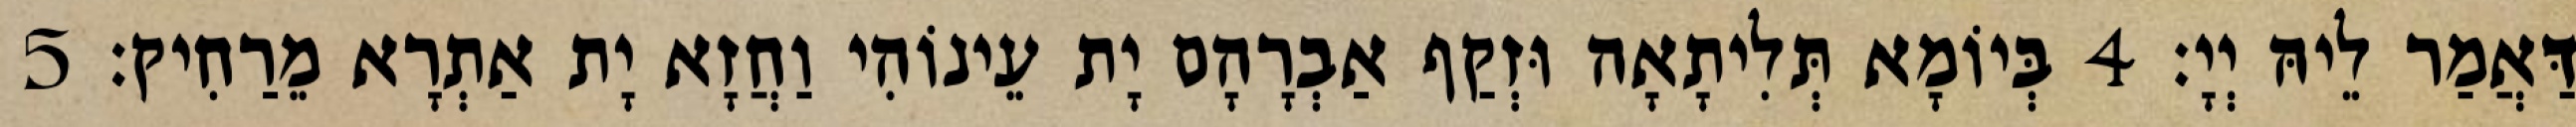
דַּאֲמַר לֵיהּ יְיָ׃ 4 בְּיוֹמָא תְּלִיתָאָה וּזְקַף אַבְרָהָם יָת עֵינוֹהִי וַחֲזָא יָת אַתְרָא מֵרַחִיק׃ 5